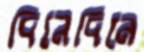
দিনেদিনে